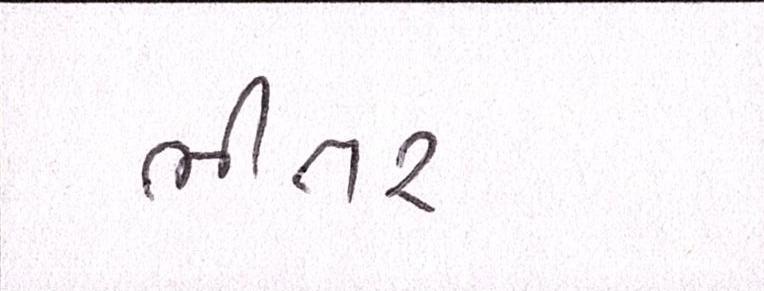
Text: ભીતર